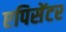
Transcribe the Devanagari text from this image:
एपिसेंटर